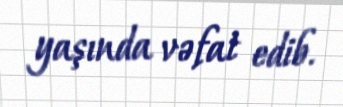
yaşında vəfat edib.